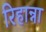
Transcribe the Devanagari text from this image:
रिहान्ना